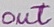
Text: OUT